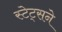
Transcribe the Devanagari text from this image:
स्टेट्सने